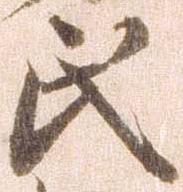
氏